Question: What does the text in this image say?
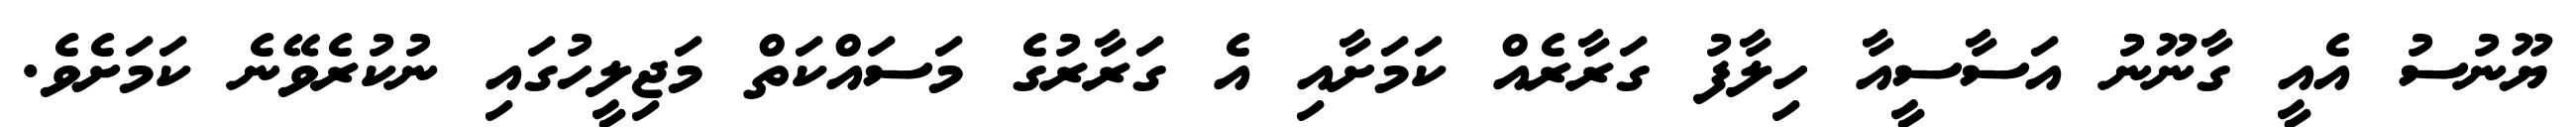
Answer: ޔޫނުސު އެއީ ގާނޫނު އަސާސީއާ ހިލާފު ގަރާރެއް ކަމަށާއި އެ ގަރާރުގެ މަސައްކަތް މަޖިލީހުގައި ނުކުރެވޭނެ ކަމަށެވެ.